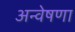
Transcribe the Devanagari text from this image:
अन्वेषणा